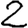
Digit: 2